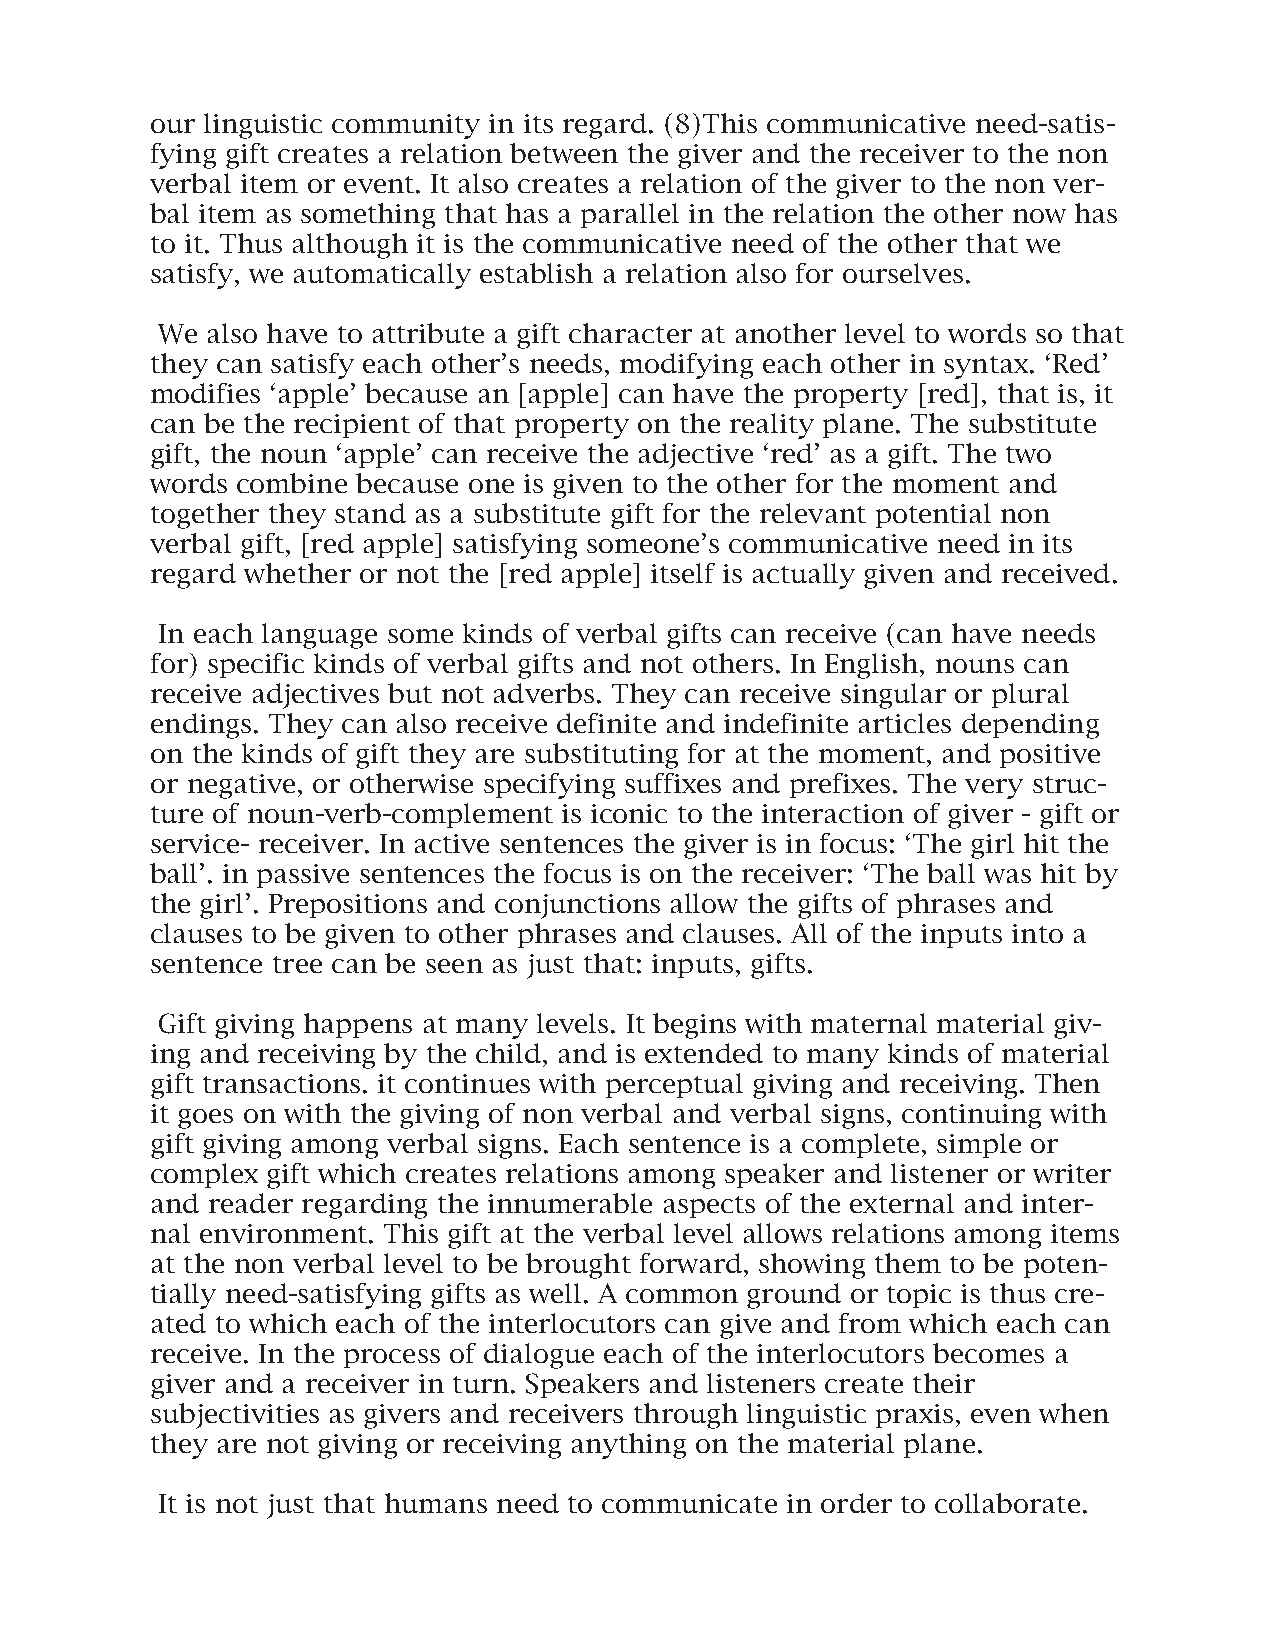
our linguistic community in its regard. (8)This communicative need-satis-
 fying gift creates a relation between the giver and the receiver to the non
 verbal item or event. It also creates a relation of the giver to the non ver-
 bal item as something that has a parallel in the relation the other now has
 to it. Thus although it is the communicative need of the other that we
 satisfy, we automatically establish a relation also for ourselves.
 We  also have to attribute a gift character at another level to words so that
 they can satisfy each other’s needs, modifying each other in syntax. ‘Red’
 modifies ‘apple’ because an [apple] can have the property [red], that is, it
 can be the recipient of that property on the reality plane. The substitute
 gift, the noun ‘apple’ can receive the adjective ‘red’ as a gift. The two
 words combine because one is given to the other for the moment and
 together they stand as a substitute gift for the relevant potential non
 verbal gift, [red apple] satisfying someone’s communicative need in its
 regard whether or not the [red apple] itself is actually given and received.
 In each language some kinds of verbal gifts can receive (can have needs
 for) specific kinds of verbal gifts and not others. In English, nouns can
 receive adjectives but not adverbs. They can receive singular or plural
 endings. They can also receive definite and indefinite articles depending
 on the kinds of gift they are substituting for at the moment, and positive
 or negative, or otherwise specifying suffixes and prefixes. The very struc-
 ture of noun-verb-complement is iconic to the interaction of giver - gift or
 service- receiver. In active sentences the giver is in focus: ‘The girl hit the
 ball’. in passive sentences the focus is on the receiver: ‘The ball was hit by
 the girl’. Prepositions and conjunctions allow the gifts of phrases and
 clauses to be given to other phrases and clauses. All of the inputs into a
 sentence tree can be seen as just that: inputs, gifts.
 Gift giving happens at many levels. It begins with maternal material giv-
 ing and receiving by the child, and is extended to many kinds of material
 gift transactions. it continues with perceptual giving and receiving. Then
 it goes on with the giving of non verbal and verbal signs, continuing with
 gift giving among verbal signs. Each sentence is a complete, simple or
 complex gift which creates relations among speaker and listener or writer
 and reader regarding the innumerable aspects of the external and inter-
 nal environment. This gift at the verbal level allows relations among items
 at the non verbal level to be brought forward, showing them to be poten-
 tially need-satisfying gifts as well. A common ground or topic is thus cre-
 ated to which each of the interlocutors can give and from which each can
 receive. In the process of dialogue each of the interlocutors becomes a
 giver and a receiver in turn. Speakers and listeners create their
 subjectivities as givers and receivers through linguistic praxis, even when
 they are not giving or receiving anything on the material plane.
 It is not just that humans need to communicate in order to collaborate.